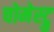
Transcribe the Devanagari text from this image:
चोमेस्ट्रु